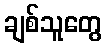
ချစ်သူတွေ